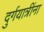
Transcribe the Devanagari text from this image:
दुर्गयात्रींना